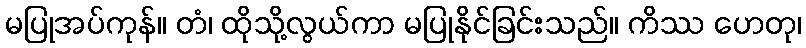
မပြုအပ်ကုန်။ တံ၊ ထိုသို့လွယ်ကာ မပြုနိုင်ခြင်းသည်။ ကိဿ ဟေတု၊